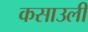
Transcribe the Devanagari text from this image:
कसाउली